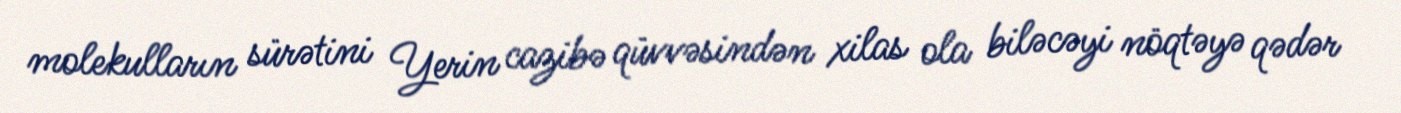
molekulların sürətini Yerin cazibə qüvvəsindən xilas ola biləcəyi nöqtəyə qədər